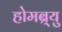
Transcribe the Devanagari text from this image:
होमब्र्यु